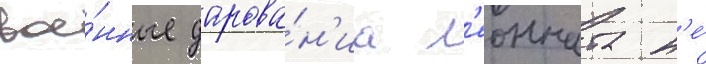
вое́нные дарова́н'иа л'еонната н'е́